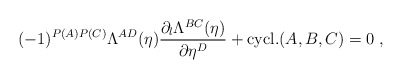
\begin{align*}(-1)^{P(A)P(C)}\Lambda^{AD}(\eta)\frac{\partial_l\Lambda^{BC}(\eta)}{\partial \eta^D}+ {\rm cycl.}(A,B,C)=0\;,\end{align*}